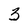
Character: 3